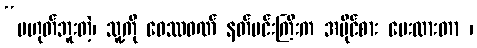
“မဟုတ်ဘူးတဲ့၊ သူ့ကို ဝေဿဝဏ် နတ်မင်းကြီးက အပိုင်စား ပေးထားတာ ၊